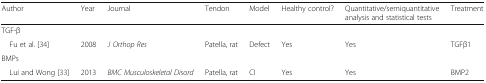
<table><thead><tr><td><b>Author</b></td><td><b>Year</b></td><td><b>Journal</b></td><td><b>Tendon</b></td><td><b>Model</b></td><td><b>Healthy control?</b></td><td><b>Quantitative/semiquantitative analysis and statistical tests</b></td><td><b>Treatment</b></td></tr></thead><tbody><tr><td colspan="8">TGF-β</td></tr><tr><td> Fu et al. [34]</td><td>2008</td><td><i>J Orthop Res</i></td><td>Patella, rat</td><td>Defect</td><td>Yes</td><td>Yes</td><td>TGFβ1</td></tr><tr><td colspan="8">BMPs</td></tr><tr><td> Lui and Wong [33]</td><td>2013</td><td><i>BMC Musculoskeletal Disord</i></td><td>Patella, rat</td><td>CI</td><td>Yes</td><td>Yes</td><td>BMP2</td></tr></tbody></table>